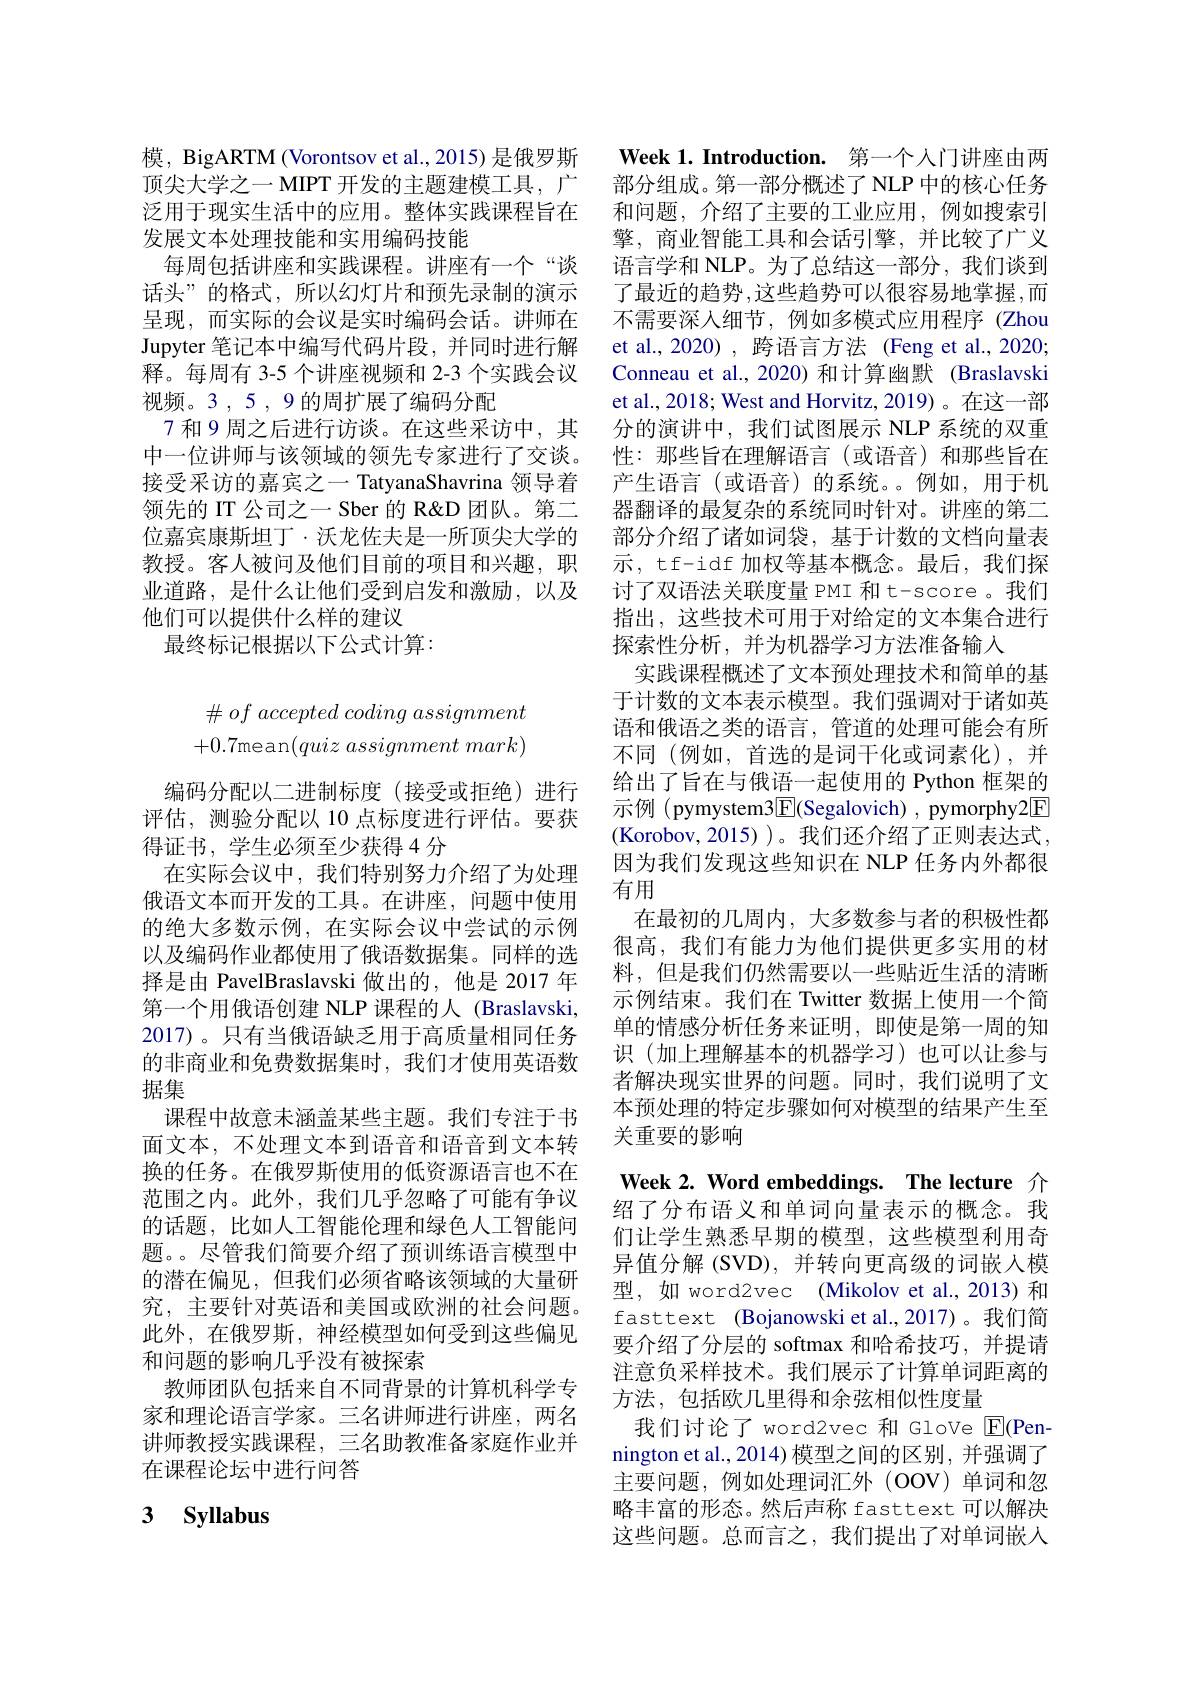
模，BigARTM (Vorontsov et al.,2015) 是俄罗斯顶尖大学之一 MIPT 开发的主题建模工具，广泛用于现实生活中的应用。整体实践课程旨在发展文本处理技能和实用编码技能
每周包括讲座和实践课程。讲座有一个“谈话头”的格式，所以幻灯片和预先录制的演示呈现，而实际的会议是实时编码会话。讲师在Jupyter 笔记本中编写代码片段，并同时进行解释。每周有 3-5 个讲座视频和 2-3 个实践会议视频。3 , 5 , 9 的周扩展了编码分配
7 和 9 周之后进行访谈。在这些采访中，其中一位讲师与该领域的领先专家进行了交谈。接受采访的嘉宾之一 TatyanaShavrina 领导着领先的 IT 公司之一 Sber 的 R&D 团队。第二位嘉宾康斯坦丁·沃龙佐夫是一所顶尖大学的教授。客人被问及他们目前的项目和兴趣，职业道路，是什么让他们受到启发和激励，以及他们可以提供什么样的建议
最终标记根据以下公式计算：
$$\begin{matrix}\#\:of\:accepted\:coding\:assignment\\+0.7\text{mean}(quiz\:assignment\:mark)\end{matrix}$$
编码分配以二进制标度(接受或拒绝)进行评估，测验分配以 10 点标度进行评估。要获得证书，学生必须至少获得 4 分
在实际会议中，我们特别努力介绍了为处理俄语文本而开发的工具。在讲座，问题中使用的绝大多数示例，在实际会议中尝试的示例以及编码作业都使用了俄语数据集。同样的选择是由 PavelBraslavski 做出的，他是 2017 年第一个用俄语创建 NLP 课程的人 (Braslavski, 2017)。只有当俄语缺乏用于高质量相同任务的非商业和免费数据集时，我们才使用英语数据集
课程中故意未涵盖某些主题。我们专注于书面文本，不处理文本到语音和语音到文本转换的任务。在俄罗斯使用的低资源语言也不在范围之内。此外，我们几乎忽略了可能有争议的话题，比如人工智能伦理和绿色人工智能问题。。尽管我们简要介绍了预训练语言模型中的潜在偏见，但我们必须省略该领域的大量研究，主要针对英语和美国或欧洲的社会问题。此外，在俄罗斯，神经模型如何受到这些偏见和问题的影响几乎没有被探索
教师团队包括来自不同背景的计算机科学专家和理论语言学家。三名讲师进行讲座，两名讲师教授实践课程，三名助教准备家庭作业并在课程论坛中进行问答

# 3 Syllabus

$\textbf{Week 1. Introduction. 第 一 个 人 门 讲 座 由 两 }$ 部分组成。第一部分概述了 NLP 中的核心任务和问题，介绍了主要的工业应用，例如搜索引擎，商业智能工具和会话引擎，并比较了广义语言学和 NLP。为了总结这一部分，我们谈到了最近的趋势 ,这些趋势可以很容易地掌握，而不需要深人细节，例如多模式应用程序 (Zhou et al.,2020), 跨语言方法 (Feng et al.,2020; Conneau et al., 2020) 和计算幽默 (Braslavski et al., 2018; West and Horvitz, 2019)。在这一部分的演讲中，我们试图展示 NLP 系统的双重性：那些旨在理解语言(或语音)和那些旨在产生语言(或语音)的系统。例如，用于机器翻译的最复杂的系统同时针对。讲座的第二部分介绍了诸如词袋，基于计数的文档向量表示，tf-idf 加权等基本概念。最后，我们探讨了双语法关联度量 PMI 和 t-score 。我们指出，这些技术可用于对给定的文本集合进行探索性分析，并为机器学习方法准备输入
实践课程概述了文本预处理技术和简单的基于计数的文本表示模型。我们强调对于诸如英语和俄语之类的语言，管道的处理可能会有所不同(例如，首选的是词干化或词素化),并给出了旨在与俄语一起使用的 Python 框架的示例(pymystem3$\underline{\mathrm{F}}($Segalovich) , pymorphy2$\underline{\mathrm{F}}$ (Korobov,2015))。我们还介绍了正则表达式， 因为我们发现这些知识在 NLP 任务内外都很有用
在最初的几周内，大多数参与者的积极性都很高，我们有能力为他们提供更多实用的材料，但是我们仍然需要以一些贴近生活的清晰示例结束。我们在 Twitter 数据上使用一个简单的情感分析任务来证明，即使是第一周的知识(加上理解基本的机器学习)也可以让参与者解决现实世界的问题。同时，我们说明了文本预处理的特定步骤如何对模型的结果产生至关重要的影响

Week 2. Word embeddings. The lecture 介绍了分布语义和单词向量表示的概念。我们让学生熟悉早期的模型，这些模型利用奇异值分解 (SVD),并转向更高级的词嵌入模型，如 word2vec (Mikolov et al., 2013) 和fasttext (Bojanowski et al.,2017)。我们简要介绍了分层的 softmax 和哈希技巧，并提请注意负采样技术。我们展示了计算单词距离的方法，包括欧几里得和余弦相似性度量
我们讨论了 word2vec 和 GloVe E(Pennington et al., 2014) 模型之间的区别，并强调了主要问题，例如处理词汇外(OOV)单词和忽略丰富的形态。然后声称 fasttext 可以解决这些问题。总而言之，我们提出了对单词嵌人